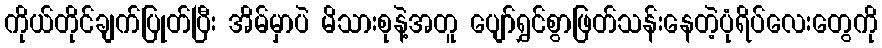
ကိုယ်တိုင်ချက်ပြုတ်ပြီး အိမ်မှာပဲ မိသားစုနဲ့အတူ ပျော်ရွှင်စွာဖြတ်သန်းနေတဲ့ပုံရိပ်လေးတွေကို